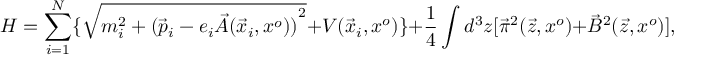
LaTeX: H = \sum _ { i = 1 } ^ { N } \lbrace \sqrt { m _ { i } ^ { 2 } + { ( { \vec { p } } _ { i } - e _ { i } \vec { A } ( { \vec { x } } _ { i } , x ^ { o } ) ) } ^ { 2 } } + V ( { \vec { x } } _ { i } , x ^ { o } ) \rbrace + { \frac { 1 } { 4 } } \int d ^ { 3 } z [ { \vec { \pi } } ^ { 2 } ( \vec { z } , x ^ { o } ) + { \vec { B } } ^ { 2 } ( \vec { z } , x ^ { o } ) ] ,